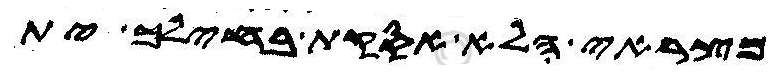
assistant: מצראי הלא אסקת בחילך ית